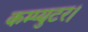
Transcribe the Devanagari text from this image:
कम्प्युटर।